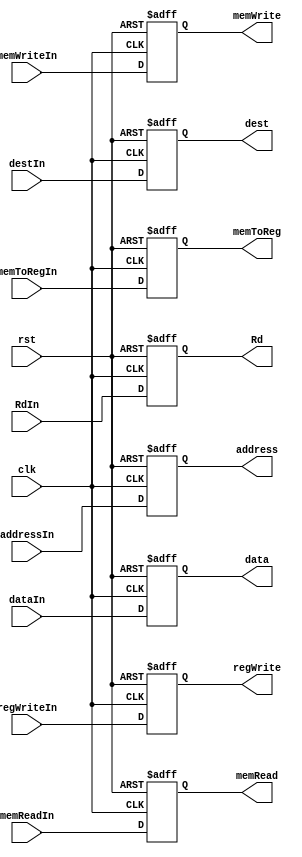
module EXtoMEMReg(input clk, rst, regWriteIn, memReadIn, memWriteIn, memToRegIn,
				  input[31:0] addressIn, dataIn,
				  input[4:0] RdIn, destIn,
				  output reg regWrite, memRead, memWrite, memToReg,
				  output reg[31:0] address, data,
				  output reg[4:0] Rd, dest);

always @(posedge clk, posedge rst) begin
	if(rst) begin
		{regWrite, memRead, memWrite, memToReg, address, data, Rd, dest} <= 0;
	end
	else begin
		{regWrite, memRead, memWrite, memToReg, address, data, Rd, dest} <= {regWriteIn, memReadIn, memWriteIn, memToRegIn, addressIn, dataIn, RdIn, destIn};
	end
end

endmodule